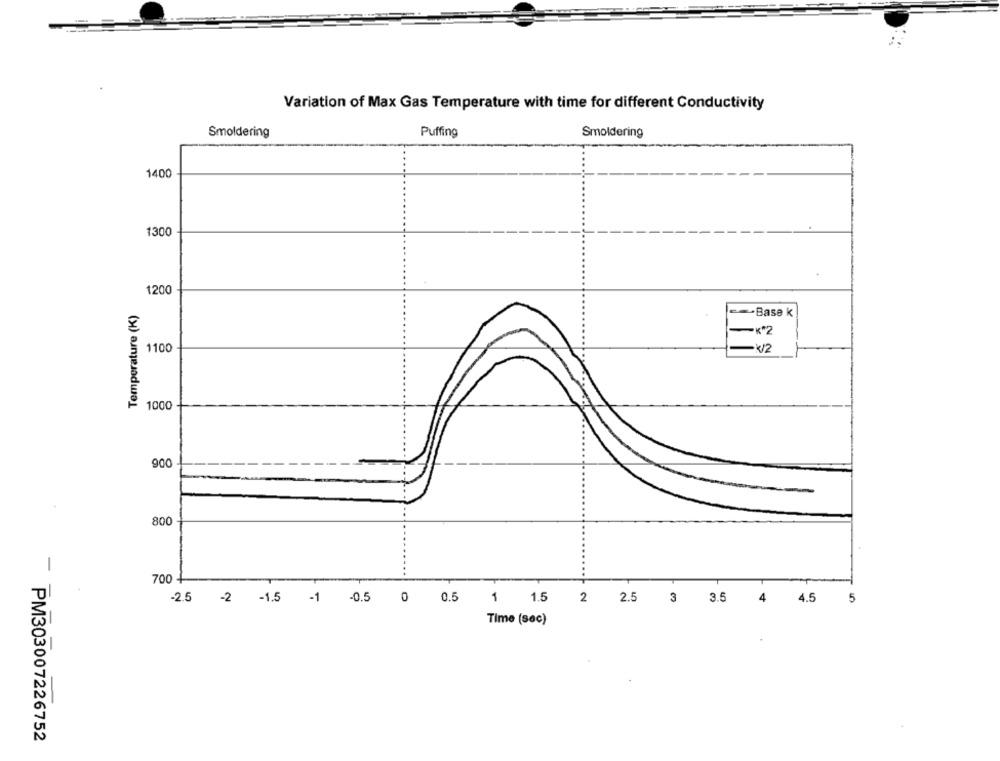
Variation of Max Gas Temperature with time for different Conductivity
Smoldering
Puffing
Smoldering
1400
1300
1200
Temperature (K)
==- Base k
- K*2
1100
- k2
1000
900
800
-
700 4
-2.5 -2 -1.5 -1 0.5 0 0.5 1 1.5
2 2.5 3 3.5
4
4.5
5
Time (sec)
PM303007226752